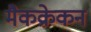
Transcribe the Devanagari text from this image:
मैकक्रेकन